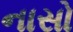
નાસો